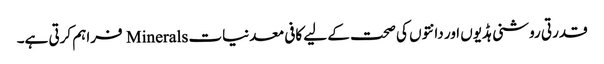
قدرتی روشنی ہڈیوں اور دانتوں کی صحت کے لیے کافی معدنیات Minerals فراہم کرتی ہے۔